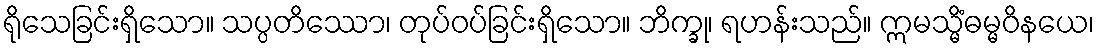
ရိုသေခြင်းရှိသော။ သပ္ပတိဿော၊ တုပ်ဝပ်ခြင်းရှိသော။ ဘိက္ခု၊ ရဟန်းသည်။ ဣမသ္မိံဓမ္မဝိနယေ၊